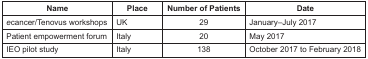
| Name | Place | Number of Patients | Date |
 | --- | --- | --- | --- |
 | ecancer/Tenovus workshops | UK | 29 | January–July 2017 |
 | Patient empowerment forum | Italy | 20 | May 2017 |
 | IEO pilot study | Italy | 138 | October 2017 to February 2018 |